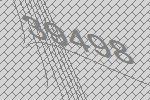
39498